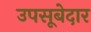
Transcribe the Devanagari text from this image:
उपसूबेदार